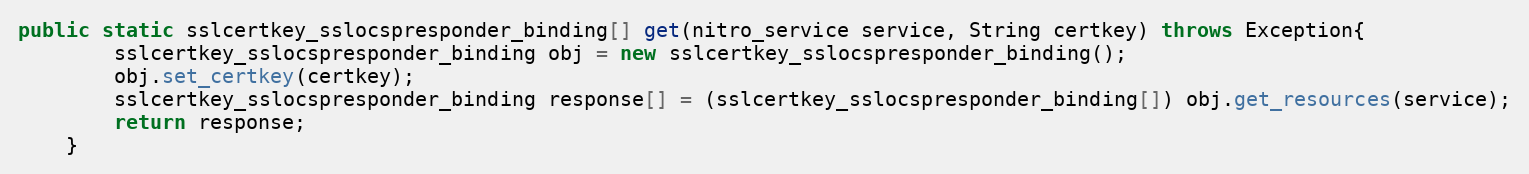
Language: Java
public static sslcertkey_sslocspresponder_binding[] get(nitro_service service, String certkey) throws Exception{
		sslcertkey_sslocspresponder_binding obj = new sslcertkey_sslocspresponder_binding();
		obj.set_certkey(certkey);
		sslcertkey_sslocspresponder_binding response[] = (sslcertkey_sslocspresponder_binding[]) obj.get_resources(service);
		return response;
	}